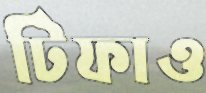
টিফাও